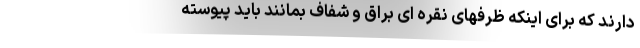
دارند که برای اینکه ظرفهای نقره ای براق و شفاف بمانند باید پیوسته